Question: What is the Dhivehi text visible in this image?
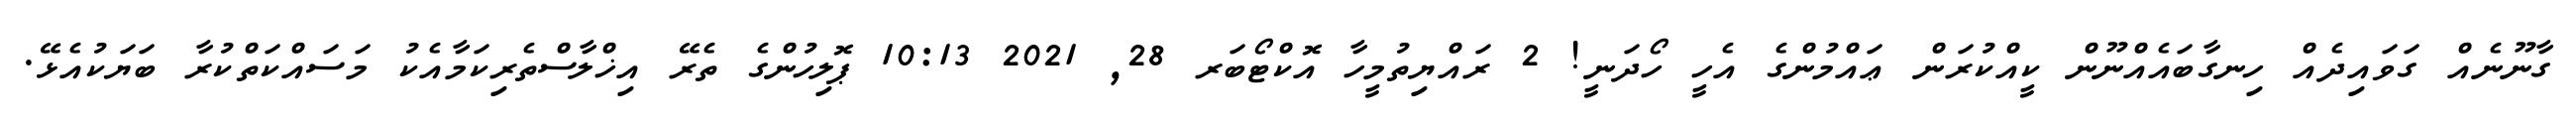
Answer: ގާނޫނެއް ގަވައިދެއް ހިނގާބައެއްނޫން ކީއްކުރަން ޢައްމުންގެ އެހީ ހޯދަނީ! 2 ރައްޔިތުމީހާ އޮކްޓޯބަރ 28, 2021 10:13 ޕޮލިހުންގެ ތެރޭ އިޚްލާސްތެރިކަމާއެކު މަސައްކަތްކުރާ ބަޔަކުއެޅޭ.